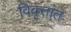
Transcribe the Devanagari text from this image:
विवृत्तांत